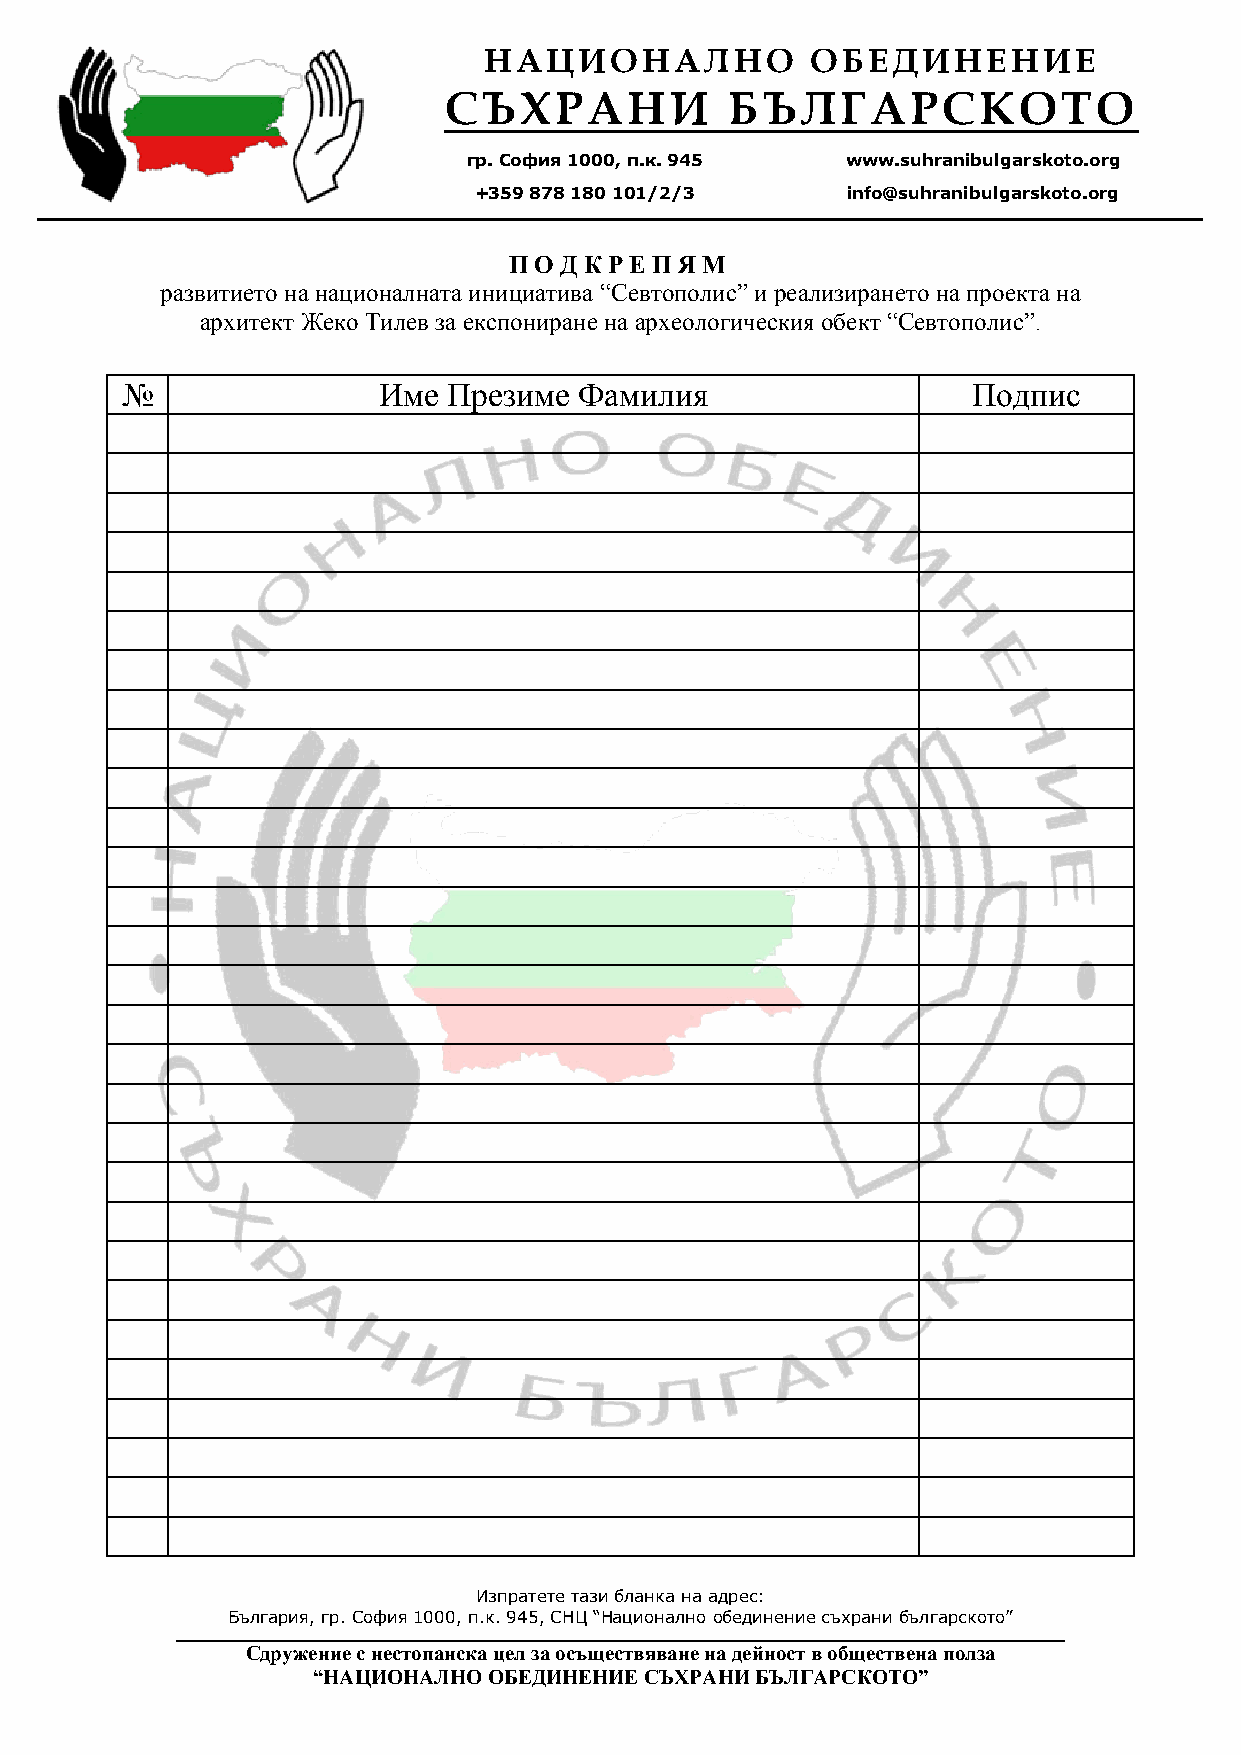
НАЦИОНАЛНО            ОБЕДИНЕНИЕ
 СЪХРАНИ            БЪЛГАРСКОТО
 гр. София 1000, п.к. 945 www.suhranibulgarskoto.org
 +359 878 180 101/2/3     info@suhranibulgarskoto.org
 П О Д К РЕ П Я М
 развитието на националната инициатива “Севтополис” и реализирането на проекта на
 архитект Жеко Тилев за експониране на археологическия обект “Севтополис”.
 №                Име  Презиме Фамилия                   Подпис
 Изпратете тази бланка на адрес:
 България, гр. София 1000, п.к. 945, СНЦ “Национално обединение съхрани българското”
 Сдружение с нестопанска цел за осъществяване на дейност в обществена полза
 “НАЦИОНАЛНО ОБЕДИНЕНИЕ СЪХРАНИ БЪЛГАРСКОТО”